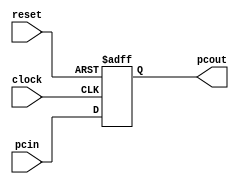
module PC(reset, clock, pcin, pcout);
	input [7:0] pcin;
	input reset, clock;
	output reg[7:0] pcout;
    always@(posedge clock or posedge reset)
		begin
			if(reset) 
				pcout <=8'd00000000;
			else 
				pcout <= pcin;
		end
endmodule